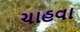
ચાહવા